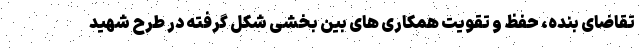
تقاضای بنده، حفظ و تقویت همکاری های بین بخشی شکل گرفته در طرح شهید